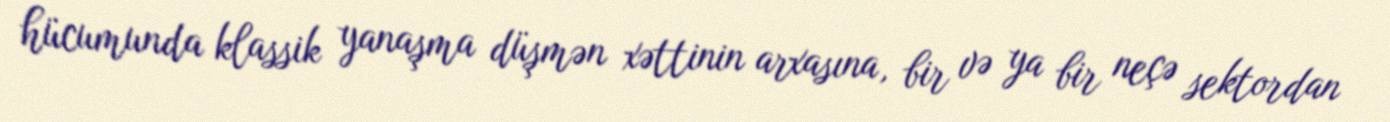
hücumunda klassik yanaşma düşmən xəttinin arxasına, bir və ya bir neçə sektordan